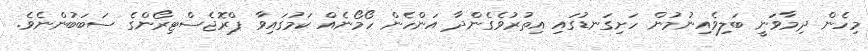
މިހެން ދިމާވަނީ ބަލިވެއިނުމުން ހަށިގަނޑުގައި އިތުރުވެގެންދާ އަންހެން ހޯމޯނެއް ކަމުގައިވާ ޕްރޮޖެސްޓިރޯންގެ ސަބަބުންނެވެ.